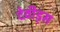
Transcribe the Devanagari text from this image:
देवीड्स